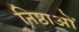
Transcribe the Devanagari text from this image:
निष्ठाओं